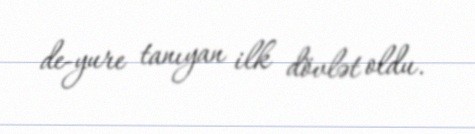
de-yure tanıyan ilk dövlət oldu.